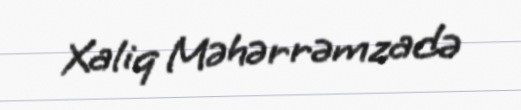
Xaliq Məhərrəmzadə